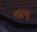
તામ